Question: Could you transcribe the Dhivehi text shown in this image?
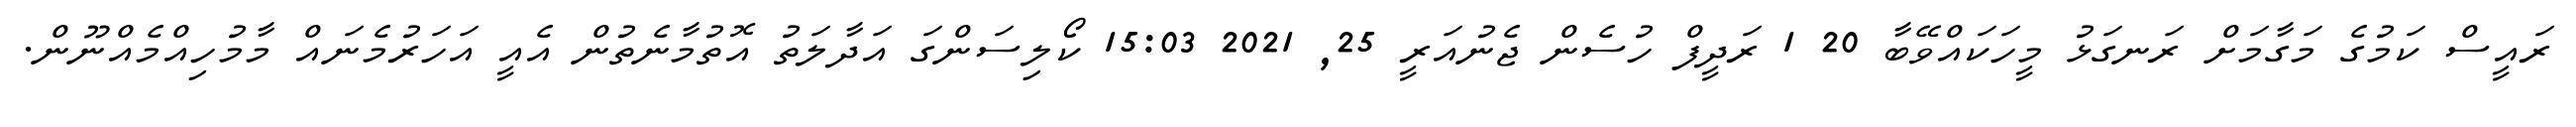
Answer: ރައީސް ކަމުގެ މަގާމަށް ރަނގަޅު މީހަކައްވޭބާ 20 1 ރަދީފް ހުސެން ޖެނުއަރީ 25, 2021 15:03 ކޯލިސަންގަ އަދާލަތު އޮތުމާނެތުން އެއީ އަހަރުމެނައް މާމުހިއްމެއްނޫން.